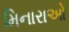
મિનારાઓ